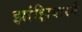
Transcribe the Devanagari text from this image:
झांझिबारने